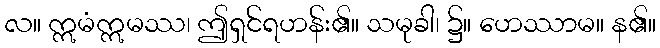
လ။ ဣမံဣမဿ၊ ဤရှင်ရဟန်း၏။ သမုခါ၊ ၌။ ဟေဿာမ။ န၏။